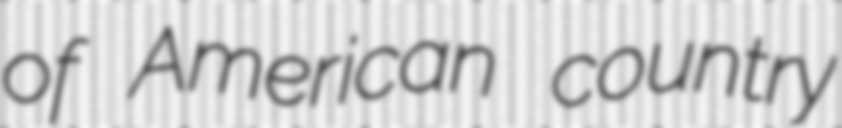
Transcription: of American country